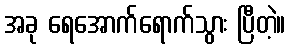
အခု ရေအောက်ရောက်သွား ပြီတဲ့။